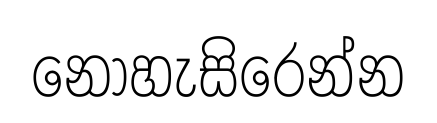
නොහැසිරෙන්න